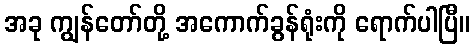
အခု ကျွန်တော်တို့ အကောက်ခွန်ရုံးကို ရောက်ပါပြီ။